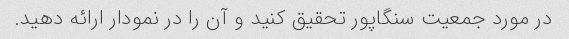
در مورد جمعیت سنگاپور تحقیق کنید و آن را در نمودار ارائه دهید.